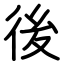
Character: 後